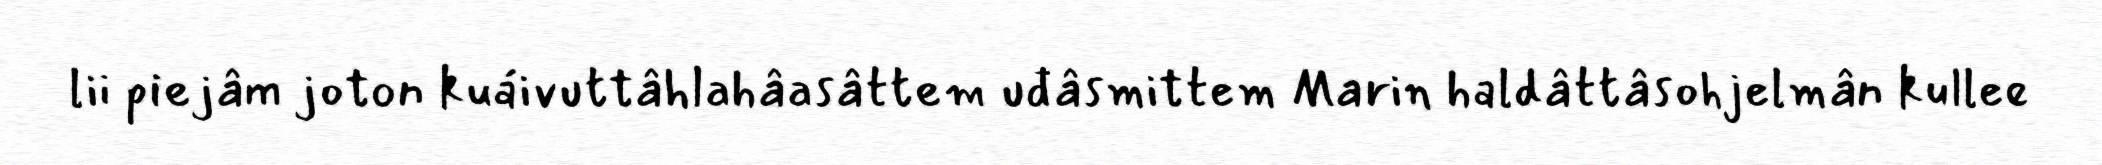
lii piejâm joton kuáivuttâhlahâasâttem uđâsmittem Marin haldâttâsohjelmân kullee